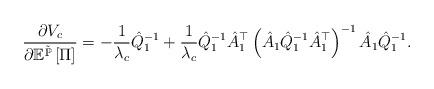
LaTeX: \begin{align*}\frac{\partial V_{c}}{\partial\mathbb{E}^{\tilde{\mathbb{P}}}\left[\Pi\right]}=-\frac{1}{\lambda_{c}}\hat{Q}_{1}^{-1}+\frac{1}{\lambda_{c}}\hat{Q}_{1}^{-1}\hat{A}_{1}^{\top}\left(\hat{A}_{1}\hat{Q}_{1}^{-1}\hat{A}_{1}^{\top}\right)^{-1}\hat{A}_{1}\hat{Q}_{1}^{-1}.\end{align*}